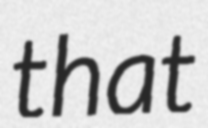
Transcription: that